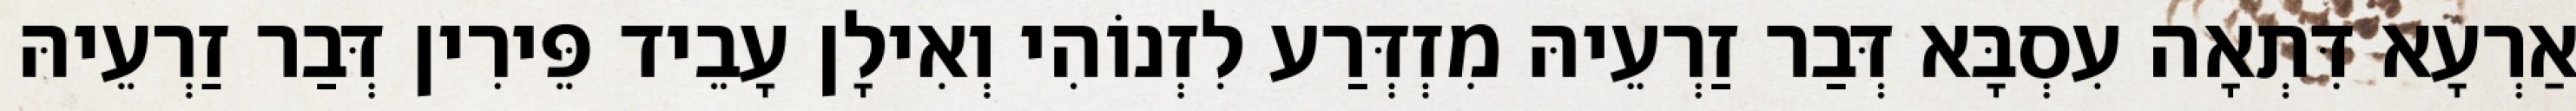
אַרְעָא דִּתְאָה עִסְבָּא דְּבַר זַרְעֵיהּ מִזְדְּרַע לִזְנוֹהִי וְאִילָן עָבֵיד פֵּירִין דְּבַר זַרְעֵיהּ